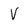
Character: V